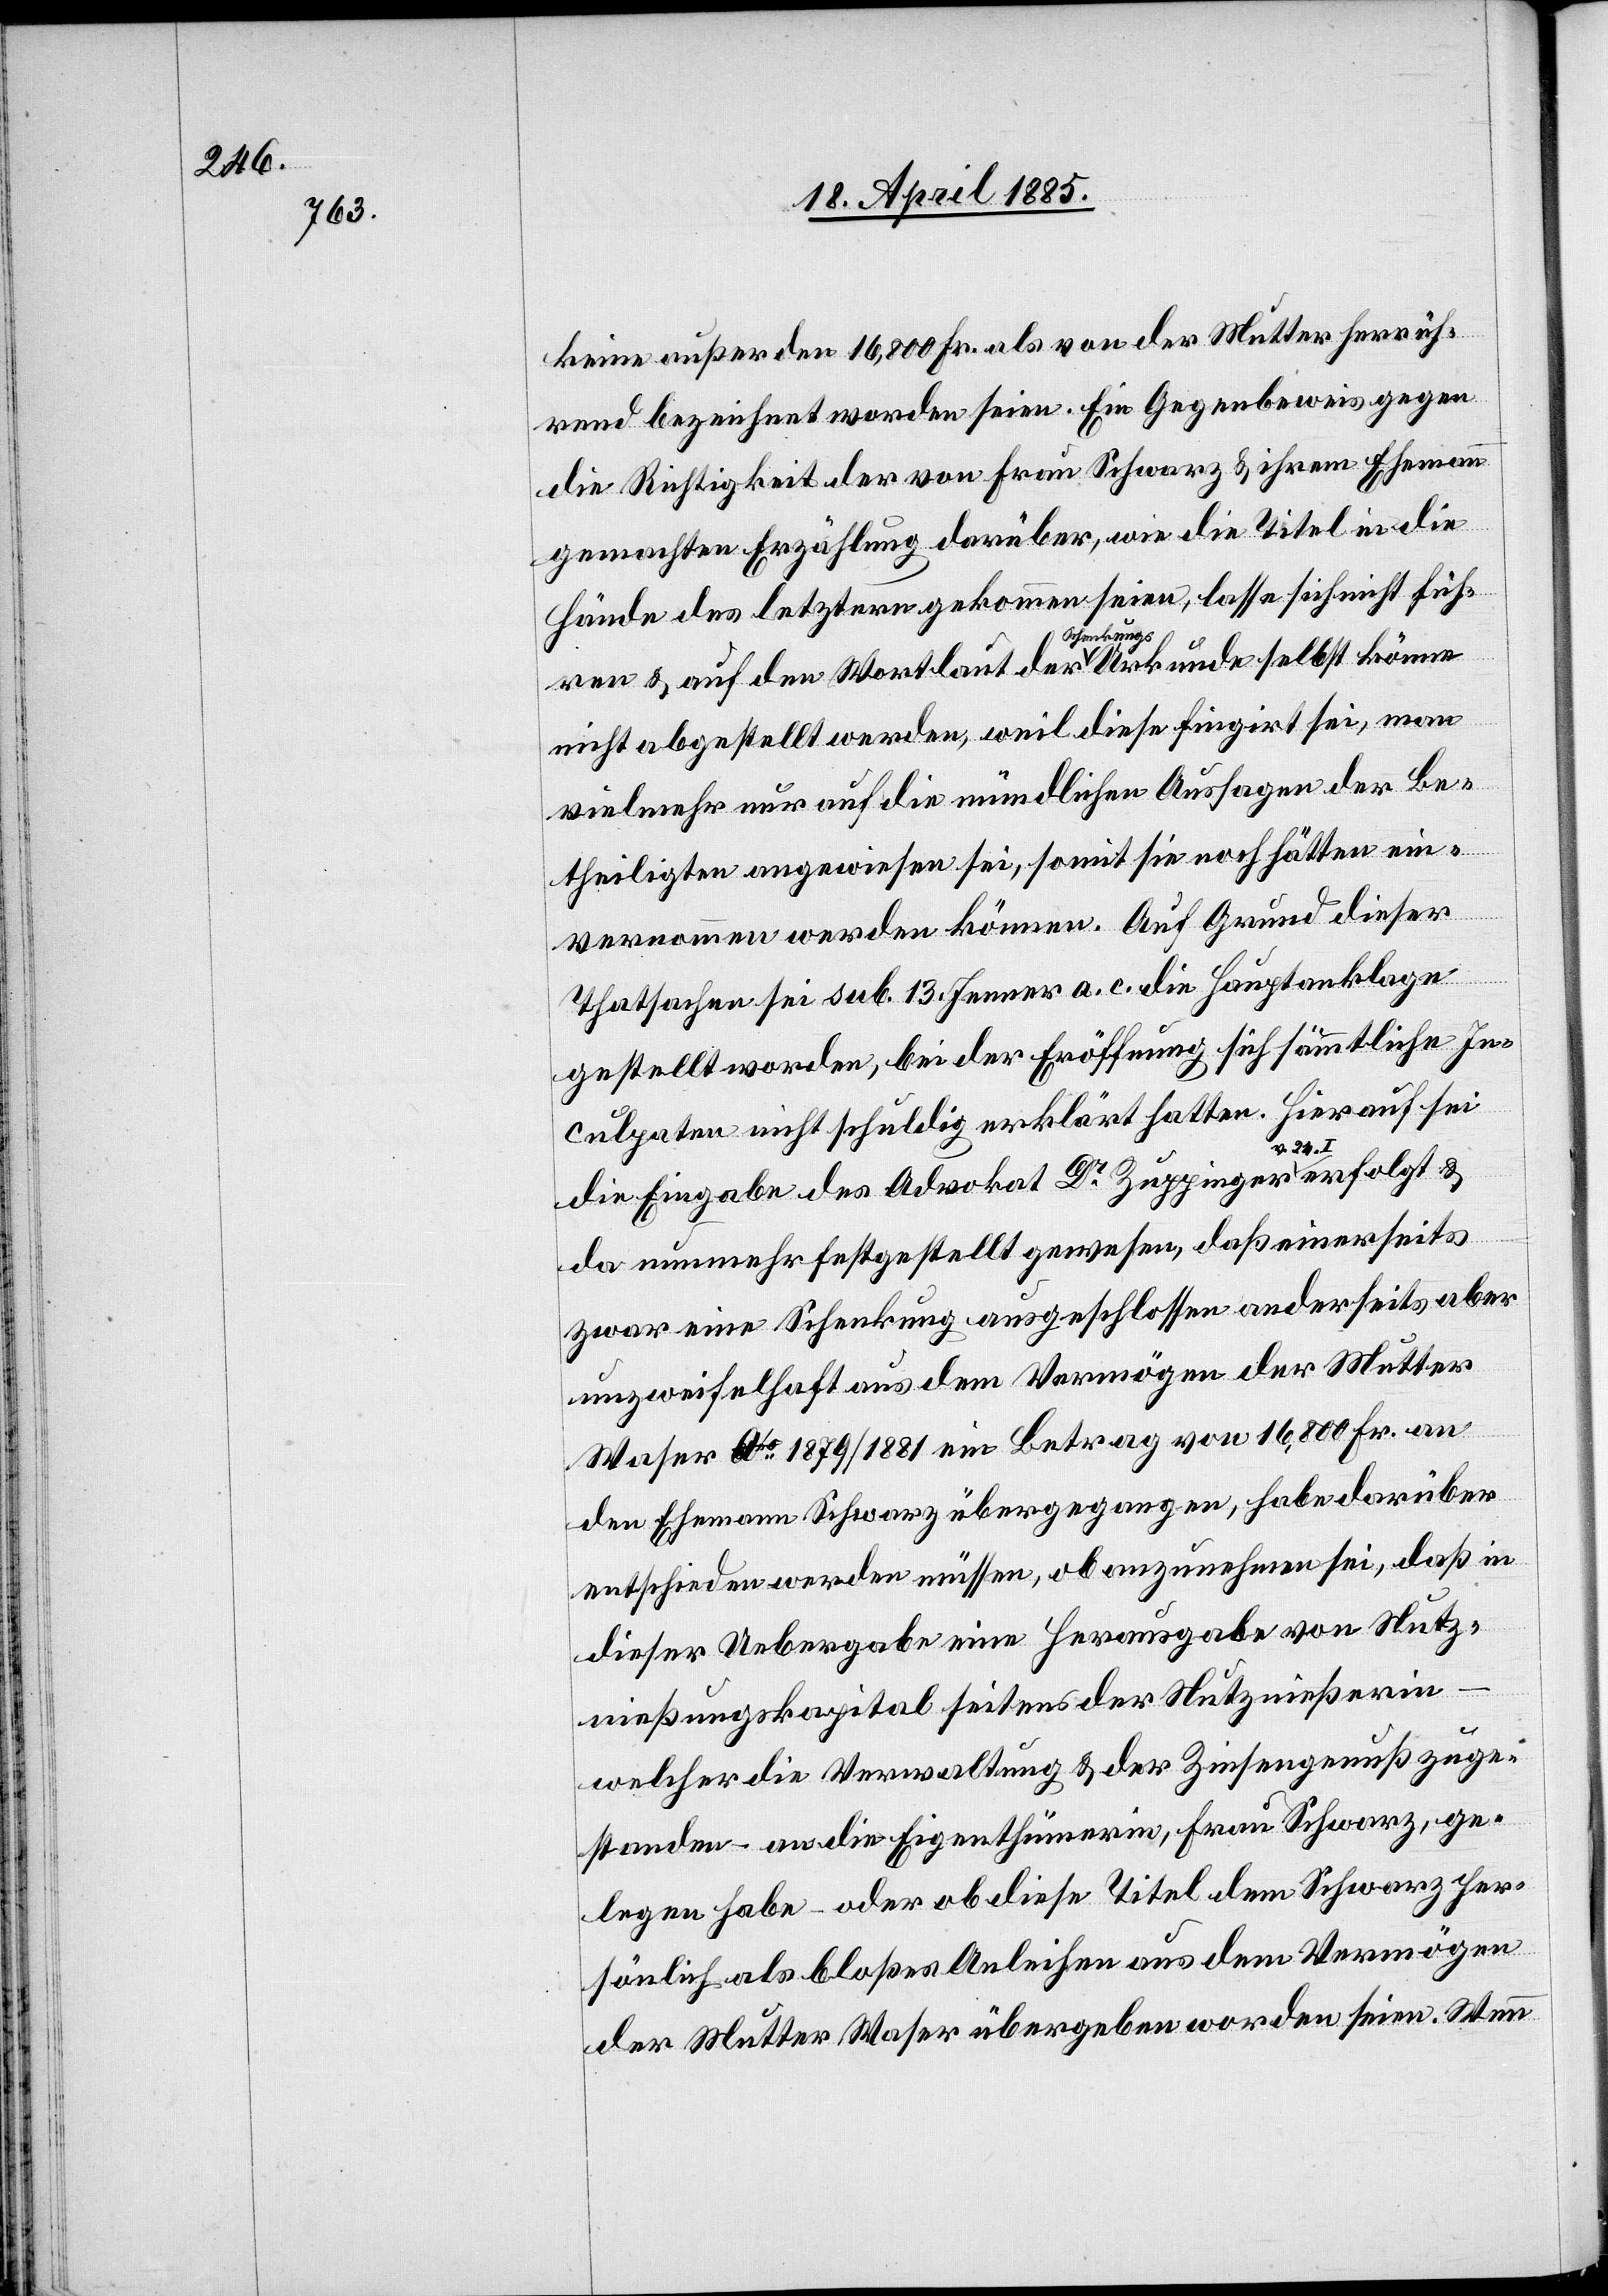
keine außer den 16,800 Fr. als von der Mutter herrüh¬
rend bezeichnet worden seien. Ein Gegenbeweis gegen
die Richtigkeit der von Frau Schwarz & ihrem Ehemann
gemachten Erzählung darüber, wie die Titel in die
Hände des letztern gekommen seien, lasse sich nicht füh¬
ren & auf den Wortlaut der Schenkungsurkunde selbst könne
nicht abgestellt werden, weil diese fingirt sei, man
vielmehr nur auf die mündlichen Aussagen der Be¬
theiligten angewiesen sei, somit sie noch hätten ein¬
vernommen werden können. Auf Grund dieser
Thatsachen sei sub. 13. Januar a. c. die Hauptanklage
gestellt worden, bei der Eröffnung sich sämmtliche In¬
culpaten nicht schuldig erklärt hatten. Hierauf sei
die Eingabe des Advokat Dr Zuppinger a-v. 24.
da nunmehr festgestellt gewesen, daß einerseits
zwar eine Schenkung ausgeschlossen anderseits aber
unzweifelhaft aus dem Vermögen der Mutter
Waser 1879/1881 ein Betrag von 16,800 Fr. an
den Ehemann Schwarz übergegangen, habe darüber
entschieden werden müssen, ob anzunehmen sei, daß in
dieser Uebergabe eine Herausgabe von Nutz¬
nießungskapital seitens der Nutznießerin
welcher die Verwaltung & der Zinsengenuß zuge¬
standen – an die Eigenthümerin, Frau Schwarz, ge¬
legen habe – oder ob diese Titel dem Schwarz per¬
sönlich als bloßes Anleihen aus dem Vermögen
der Mutter Waser übergeben worden seien. Wenn